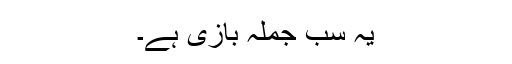
یہ سب جملہ بازی ہے۔